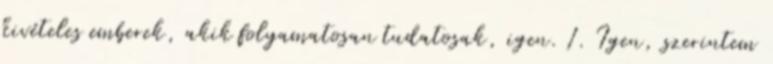
kivételes emberek, akik folyamatosan tudatosak, igen. 1. Igen, szerintem